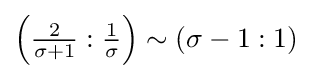
\left({\tfrac {2}{\sigma +1}}:{\tfrac {1}{\sigma }}\right)\sim (\sigma -1:1)